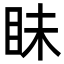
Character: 眛